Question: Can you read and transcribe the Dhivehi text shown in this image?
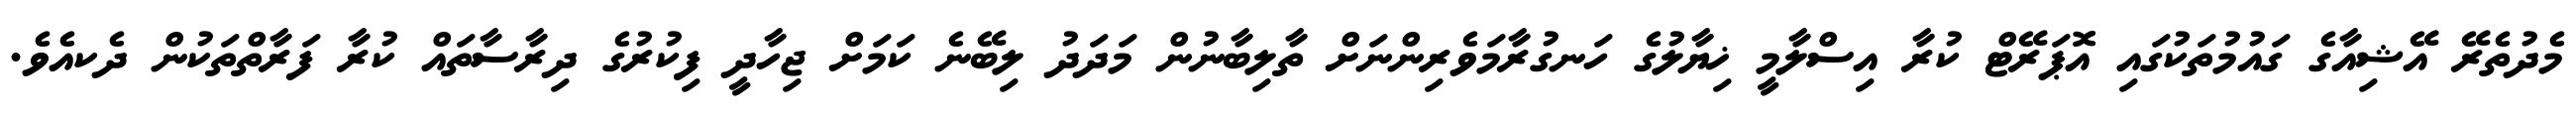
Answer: މެދުތެރޭ އޭޝިއާގެ ގައުމުތަކުގައި އޮޕަރޭޓް ކުރާ އިސްލާމީ ޚިޔާލުގެ ހަނގުރާމަވެރިންނަށް ތާލިބާނުން މަދަދު ލިބޭނެ ކަމަށް ޖިހާދީ ފިކުރުގެ ދިރާސާތައް ކުރާ ފަރާތްތަކުން ދެކއެވެ.